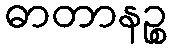
ဓာတာနဉ္စ